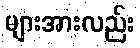
များအားလည်း